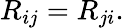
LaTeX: R_{ij}=R_{ji}.